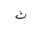
Letter: _tha